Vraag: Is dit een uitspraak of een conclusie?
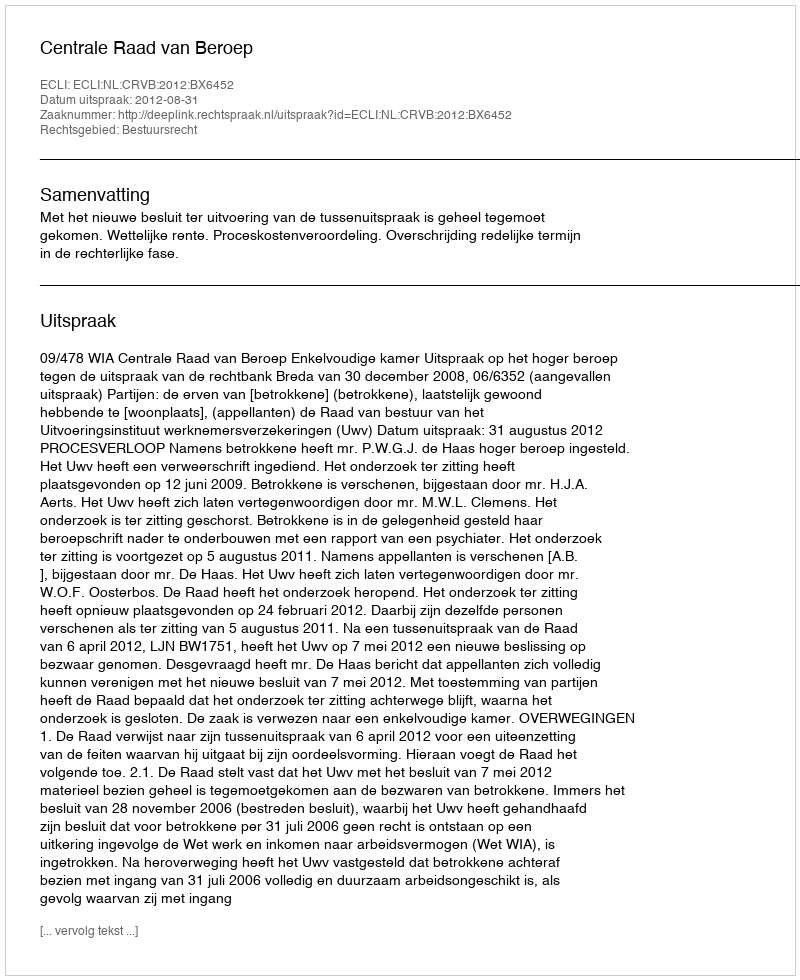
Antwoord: Uitspraak